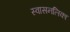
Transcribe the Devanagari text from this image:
स्वासनलिका